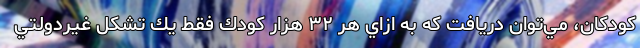
كودكان، مي‌توان دريافت كه به ازاي هر ۳۲ هزار كودك فقط يك تشكل غيردولتي